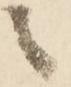
之